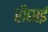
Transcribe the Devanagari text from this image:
रीछाई